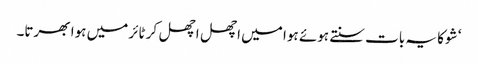
‘ شوکا یہ بات سنتے ہوئے ہوا میں اچھل اچھل کر ٹائر میں ہوا بھرتا۔